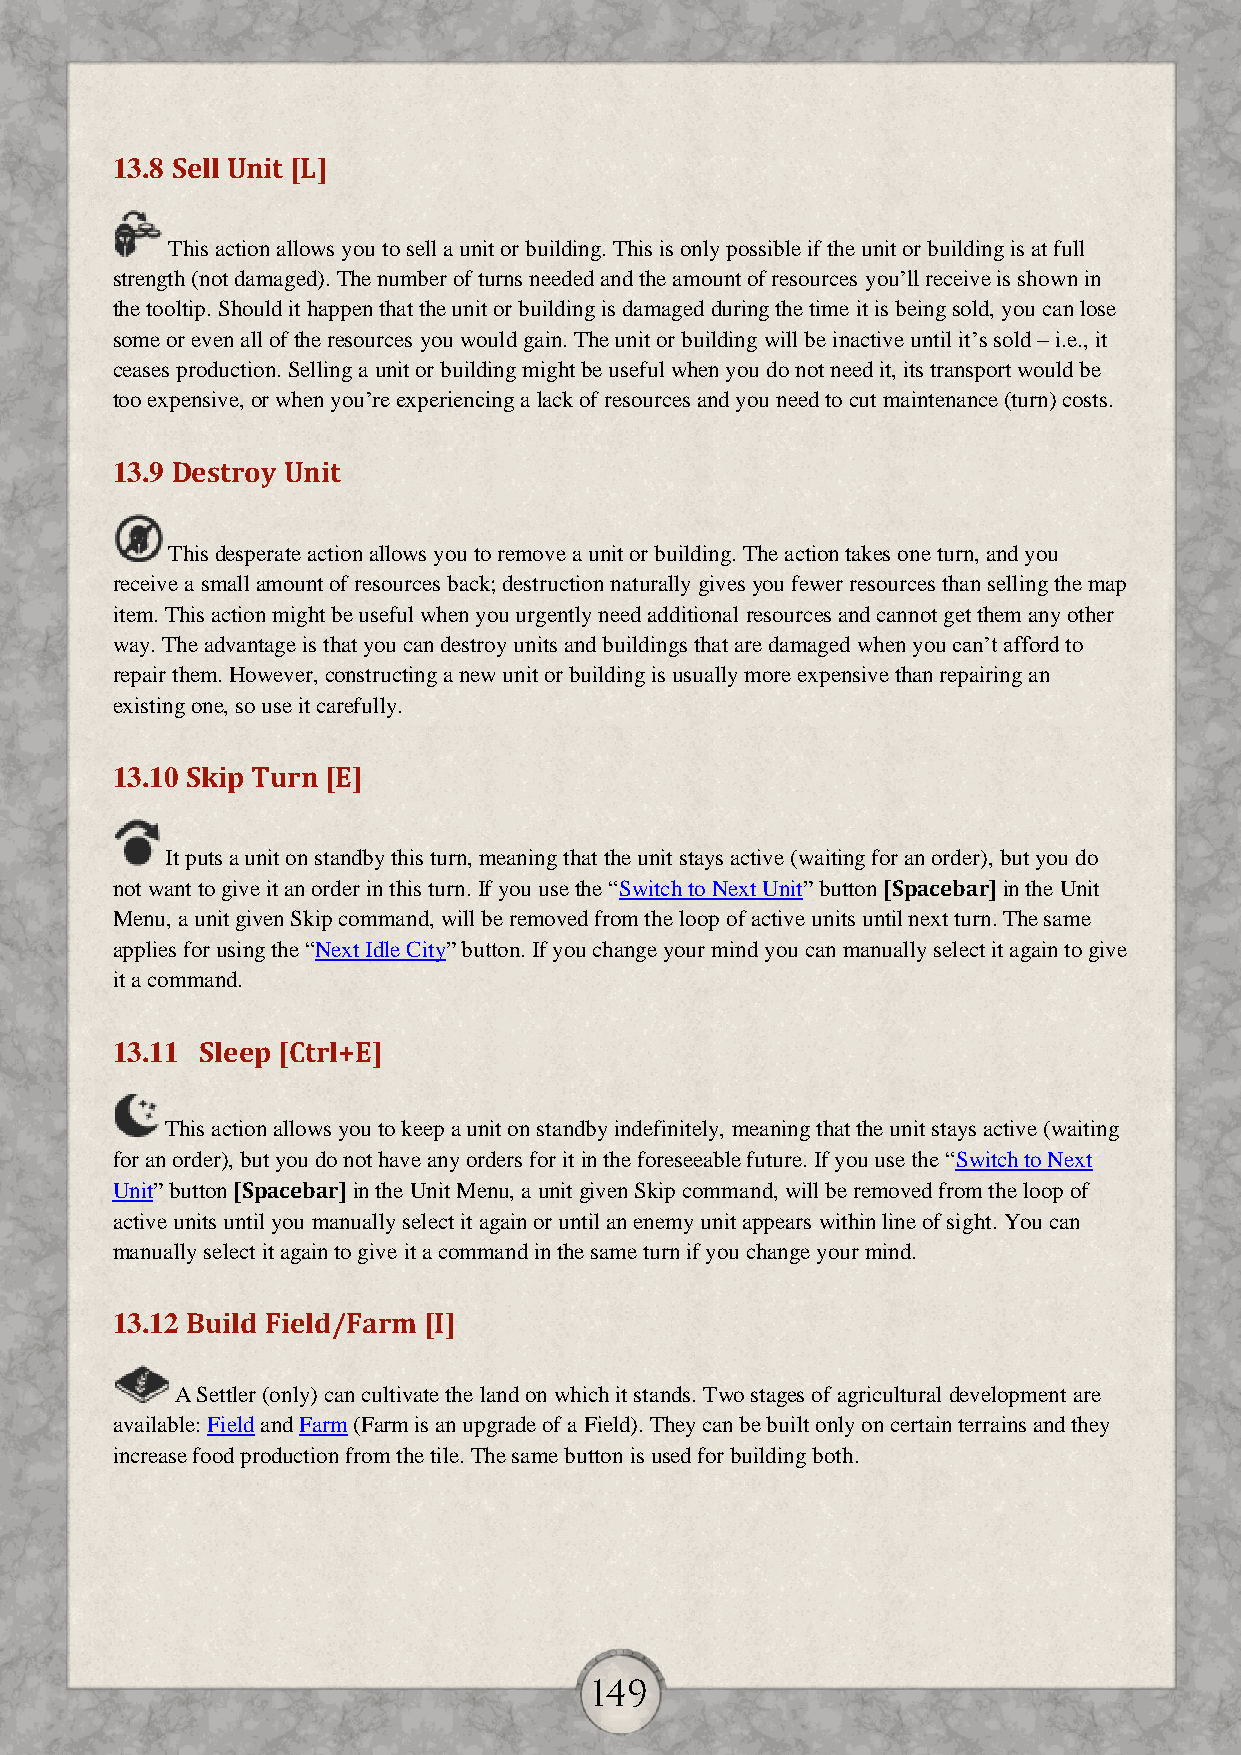
13.8 Sell Unit [L]
 This action allows you to sell a unit or building. This is only possible if the unit or building is at full
 strength (not damaged). The number of turns needed and the amount of resources you’ll receive is shown in
 the tooltip. Should it happen that the unit or building is damaged during the time it is being sold, you can lose
 some or even all of the resources you would gain. The unit or building will be inactive until it’s sold – i.e., it
 ceases production. Selling a unit or building might be useful when you do not need it, its transport would be
 too expensive, or when you’re experiencing a lack of resources and you need to cut maintenance (turn) costs.
 13.9 Destroy Unit
 This desperate action allows you to remove a unit or building. The action takes one turn, and you
 receive a small amount of resources back; destruction naturally gives you fewer resources than selling the map
 item. This action might be useful when you urgently need additional resources and cannot get them any other
 way. The advantage is that you can destroy units and buildings that are damaged when you can’t afford to
 repair them. However, constructing a new unit or building is usually more expensive than repairing an
 existing one, so use it carefully.
 13.10 Skip Turn [E]
 It puts a unit on standby this turn, meaning that the unit stays active (waiting for an order), but you do
 not want to give it an order in this turn. If you use the “Switch to Next Unit” button [Spacebar] in the Unit
 Menu, a unit given Skip command, will be removed from the loop of active units until next turn. The same
 applies for using the “Next Idle City” button. If you change your mind you can manually select it again to give
 it a command.
 13.11 Sleep [Ctrl+E]
 This action allows you to keep a unit on standby indefinitely, meaning that the unit stays active (waiting
 for an order), but you do not have any orders for it in the foreseeable future. If you use the “Switch to Next
 Unit” button [Spacebar] in the Unit Menu, a unit given Skip command, will be removed from the loop of
 active units until you manually select it again or until an enemy unit appears within line of sight. You can
 manually select it again to give it a command in the same turn if you change your mind.
 13.12 Build Field/Farm [I]
 A Settler (only) can cultivate the land on which it stands. Two stages of agricultural development are
 available: Field and Farm (Farm is an upgrade of a Field). They can be built only on certain terrains and they
 increase food production from the tile. The same button is used for building both.
 149